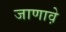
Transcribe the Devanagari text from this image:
जाणावे़